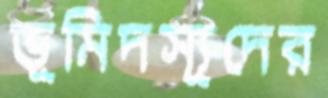
ভূমিদস্যূদের